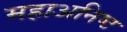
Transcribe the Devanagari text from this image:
महाअनिष्ट